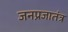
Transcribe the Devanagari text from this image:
जनप्रजातंत्र